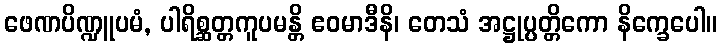
ဖေဏပိဏ္ဍူပမံ, ပါရိစ္ဆတ္တကူပမန္တိ ဧဝမာဒီနိ၊ တေသံ အဋ္ဌုပ္ပတ္တိကော နိက္ခေပေါ။